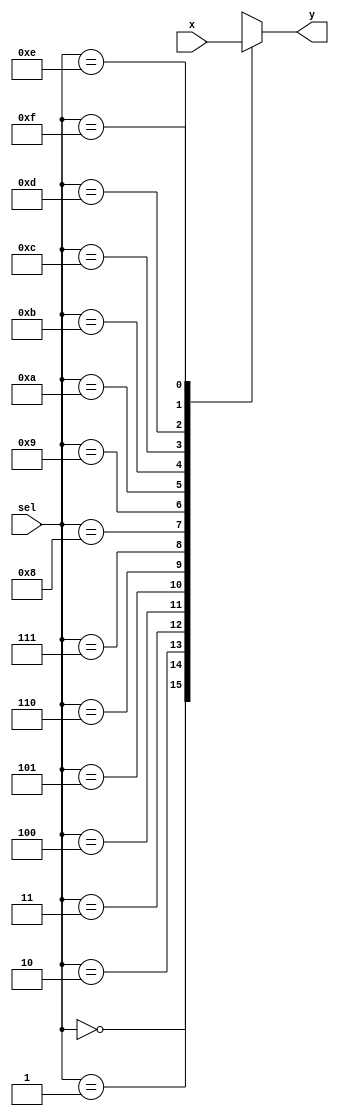
module problem4_18101707(x,sel,y);

input [0:15]x;
input [3:0]sel;
output reg y;
	
always @(x,sel)
	
	case(sel)
		
		    4'b0000: y= x[0];
		    4'b0001: y= x[1];
		    4'b0010: y= x[2];
		    4'b0011: y= x[3];
		    4'b0100: y= x[4];
		    4'b0101: y= x[5];
		    4'b0110: y= x[6];
		    4'b0111: y= x[7];
		    4'b1000: y= x[8];
		    4'b1001: y= x[9];
		    4'b1010: y= x[10];
		    4'b1011: y= x[11];
		    4'b1100: y= x[12];
		    4'b1101: y= x[13];
		    4'b1110: y= x[14];
		    4'b1111: y= x[15];
				
	endcase
		
endmodule